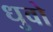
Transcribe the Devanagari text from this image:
धुवो